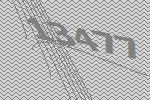
13477